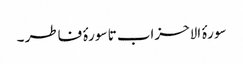
سورۂ الاحزاب تا سورۂ فاطر ۔